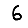
Digit: 6